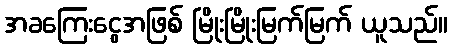
အခကြေးငွေအဖြစ် မြိုးမြိုးမြက်မြက် ယူသည်။